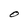
Character: O